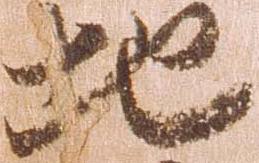
地